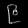
Digit: ၉